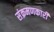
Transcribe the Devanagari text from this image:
संक्रमणकारी